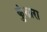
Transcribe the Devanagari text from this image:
कुंडारा